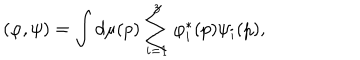
( \varphi , \psi ) = \int d \mu ( p ) \sum _ { i = 1 } ^ { 3 } \varphi _ { i } ^ { \ast } ( p ) \psi _ { i } ( p ) ,